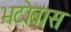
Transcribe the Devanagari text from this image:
भटोबास